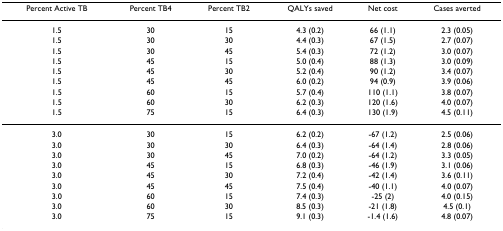
<table><thead><tr><td><b>Percent Active TB</b></td><td><b>Percent TB4</b></td><td><b>Percent TB2</b></td><td><b>QALYs saved</b></td><td><b>Net cost</b></td><td><b>Cases averted</b></td></tr></thead><tbody><tr><td>1.5</td><td>30</td><td>15</td><td>4.3 (0.2)</td><td>66 (1.1)</td><td>2.3 (0.05)</td></tr><tr><td>1.5</td><td>30</td><td>30</td><td>4.4 (0.3)</td><td>67 (1.5)</td><td>2.7 (0.07)</td></tr><tr><td>1.5</td><td>30</td><td>45</td><td>5.4 (0.3)</td><td>72 (1.2)</td><td>3.0 (0.07)</td></tr><tr><td>1.5</td><td>45</td><td>15</td><td>5.0 (0.4)</td><td>88 (1.3)</td><td>3.0 (0.09)</td></tr><tr><td>1.5</td><td>45</td><td>30</td><td>5.2 (0.4)</td><td>90 (1.2)</td><td>3.4 (0.07)</td></tr><tr><td>1.5</td><td>45</td><td>45</td><td>6.0 (0.2)</td><td>94 (0.9)</td><td>3.9 (0.06)</td></tr><tr><td>1.5</td><td>60</td><td>15</td><td>5.7 (0.4)</td><td>110 (1.1)</td><td>3.8 (0.07)</td></tr><tr><td>1.5</td><td>60</td><td>30</td><td>6.2 (0.3)</td><td>120 (1.6)</td><td>4.0 (0.07)</td></tr><tr><td>1.5</td><td>75</td><td>15</td><td>6.4 (0.3)</td><td>130 (1.9)</td><td>4.5 (0.11)</td></tr><tr><td>3.0</td><td>30</td><td>15</td><td>6.2 (0.2)</td><td>-67 (1.2)</td><td>2.5 (0.06)</td></tr><tr><td>3.0</td><td>30</td><td>30</td><td>6.4 (0.3)</td><td>-64 (1.4)</td><td>2.8 (0.06)</td></tr><tr><td>3.0</td><td>30</td><td>45</td><td>7.0 (0.2)</td><td>-64 (1.2)</td><td>3.3 (0.05)</td></tr><tr><td>3.0</td><td>45</td><td>15</td><td>6.8 (0.3)</td><td>-46 (1.9)</td><td>3.1 (0.06)</td></tr><tr><td>3.0</td><td>45</td><td>30</td><td>7.2 (0.4)</td><td>-42 (1.4)</td><td>3.6 (0.11)</td></tr><tr><td>3.0</td><td>45</td><td>45</td><td>7.5 (0.4)</td><td>-40 (1.1)</td><td>4.0 (0.07)</td></tr><tr><td>3.0</td><td>60</td><td>15</td><td>7.4 (0.3)</td><td>-25 (2)</td><td>4.0 (0.15)</td></tr><tr><td>3.0</td><td>60</td><td>30</td><td>8.5 (0.3)</td><td>-21 (1.8)</td><td>4.5 (0.1)</td></tr><tr><td>3.0</td><td>75</td><td>15</td><td>9.1 (0.3)</td><td>-1.4 (1.6)</td><td>4.8 (0.07)</td></tr></tbody></table>